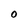
Character: 0